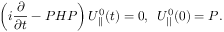
\left( i \frac { \partial } { \partial t } - P H P \right) U _ { | | } ^ { 0 } ( t ) = 0 , \verb + + U _ { | | } ^ { 0 } ( 0 ) = P .